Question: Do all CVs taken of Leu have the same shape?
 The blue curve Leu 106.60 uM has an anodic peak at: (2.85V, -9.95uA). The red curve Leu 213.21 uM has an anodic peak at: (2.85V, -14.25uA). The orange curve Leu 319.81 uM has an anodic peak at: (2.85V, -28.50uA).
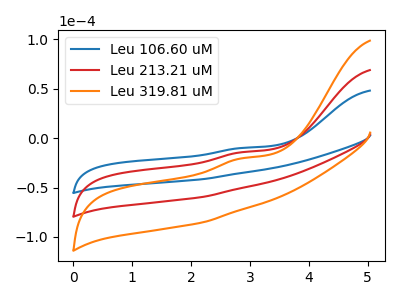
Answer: <think>All the peaks in "Leu 106.60 uM" have a peak in "Leu 213.21 uM" at the same potential. Every peak in "Leu 106.60 uM" is higher than every peak in "Leu 213.21 uM". All the peaks in "Leu 106.60 uM" have a peak in "Leu 319.81 uM" at the same potential. Every peak in "Leu 106.60 uM" is higher than every peak in "Leu 319.81 uM". All the peaks in "Leu 213.21 uM" have a peak in "Leu 319.81 uM" at the same potential. Every peak in "Leu 213.21 uM" is higher than every peak in "Leu 319.81 uM".
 </think>
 <answer>All the CV's of "Leu" have similar shape.</answer>
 <eval>follow_rule</eval>